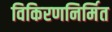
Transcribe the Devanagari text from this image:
विकिरणनिर्मित